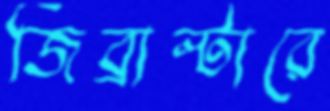
জিব্রাল্টারে